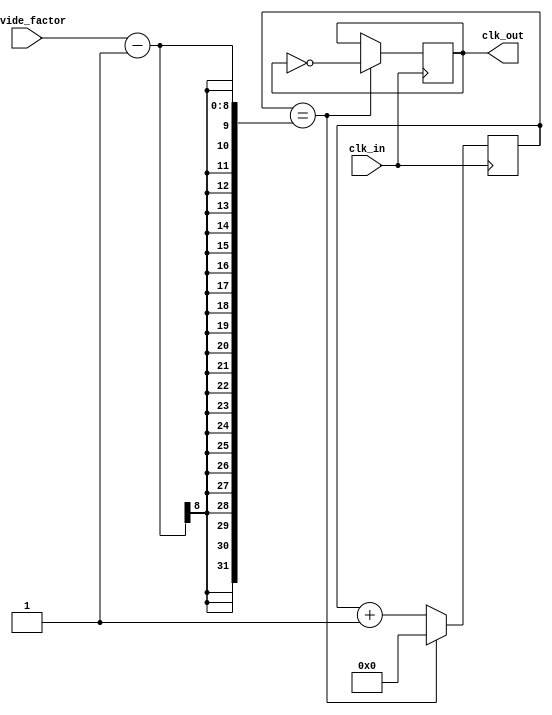
module programmable_clock_divider (
    input wire clk_in,
    input wire[7:0] divide_factor,
    output reg clk_out
);

reg [7:0] counter;

always @(posedge clk_in) begin
    if (counter == divide_factor - 1) begin
        counter <= 0;
        clk_out <= ~clk_out;
    end else begin
        counter <= counter + 1;
    end
end

endmodule